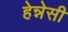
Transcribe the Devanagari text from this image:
हेन्नेसी